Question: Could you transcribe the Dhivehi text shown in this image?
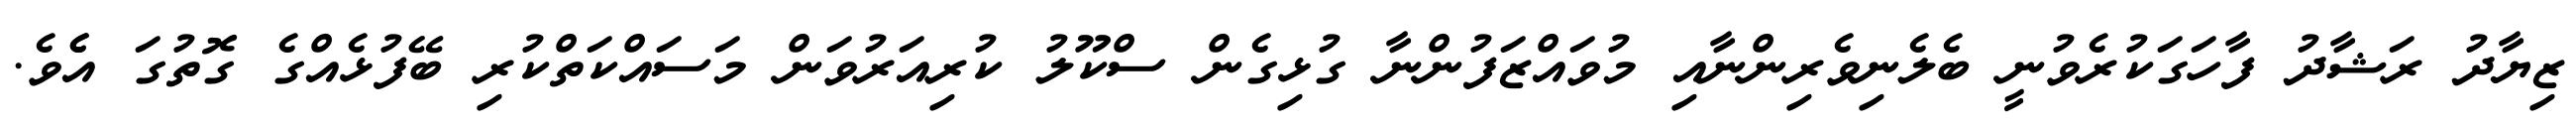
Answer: ޒިޔާދު ރަޝާދު ފާހަގަކުރެވުނީ ބެލެނިވެރިންނާއި މުވައްޒަފުންނާ ގުޅިގެން ސްކޫލު ކުރިއަރުވަން މަސައްކަތްކުރި ބޭފުޅެއްގެ ގޮތުގަ އެެވެ.